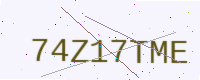
Text: 74Z17TME